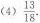
(4)\frac{13}{18}.